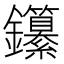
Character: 𨰭